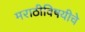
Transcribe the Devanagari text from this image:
मराठीविषयीचे